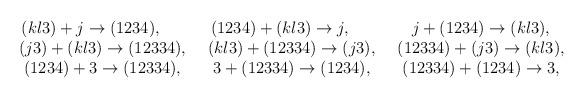
LaTeX: \begin{align*}\begin{array}{ccc}(kl3)+j\rightarrow (1234),\qquad & (1234)+(kl3)\rightarrow j,\qquad & j+(1234)\rightarrow (kl3), \\ (j3)+(kl3)\rightarrow (12334),\,\,\, & (kl3)+(12334)\rightarrow (j3),\,\,\,& (12334)+(j3)\rightarrow (kl3), \\ (1234)+3\rightarrow (12334),\,\,\, & 3+(12334)\rightarrow (1234),\,\,\, & (12334)+(1234)\rightarrow 3,\end{array}\end{align*}